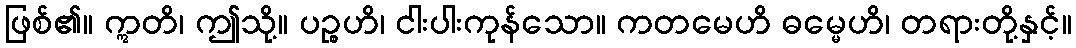
ဖြစ်၏။ ဣတိ၊ ဤသို့။ ပဉ္စဟိ၊ ငါးပါးကုန်သော။ ကတမေဟိ ဓမ္မေဟိ၊ တရားတို့နှင့်။